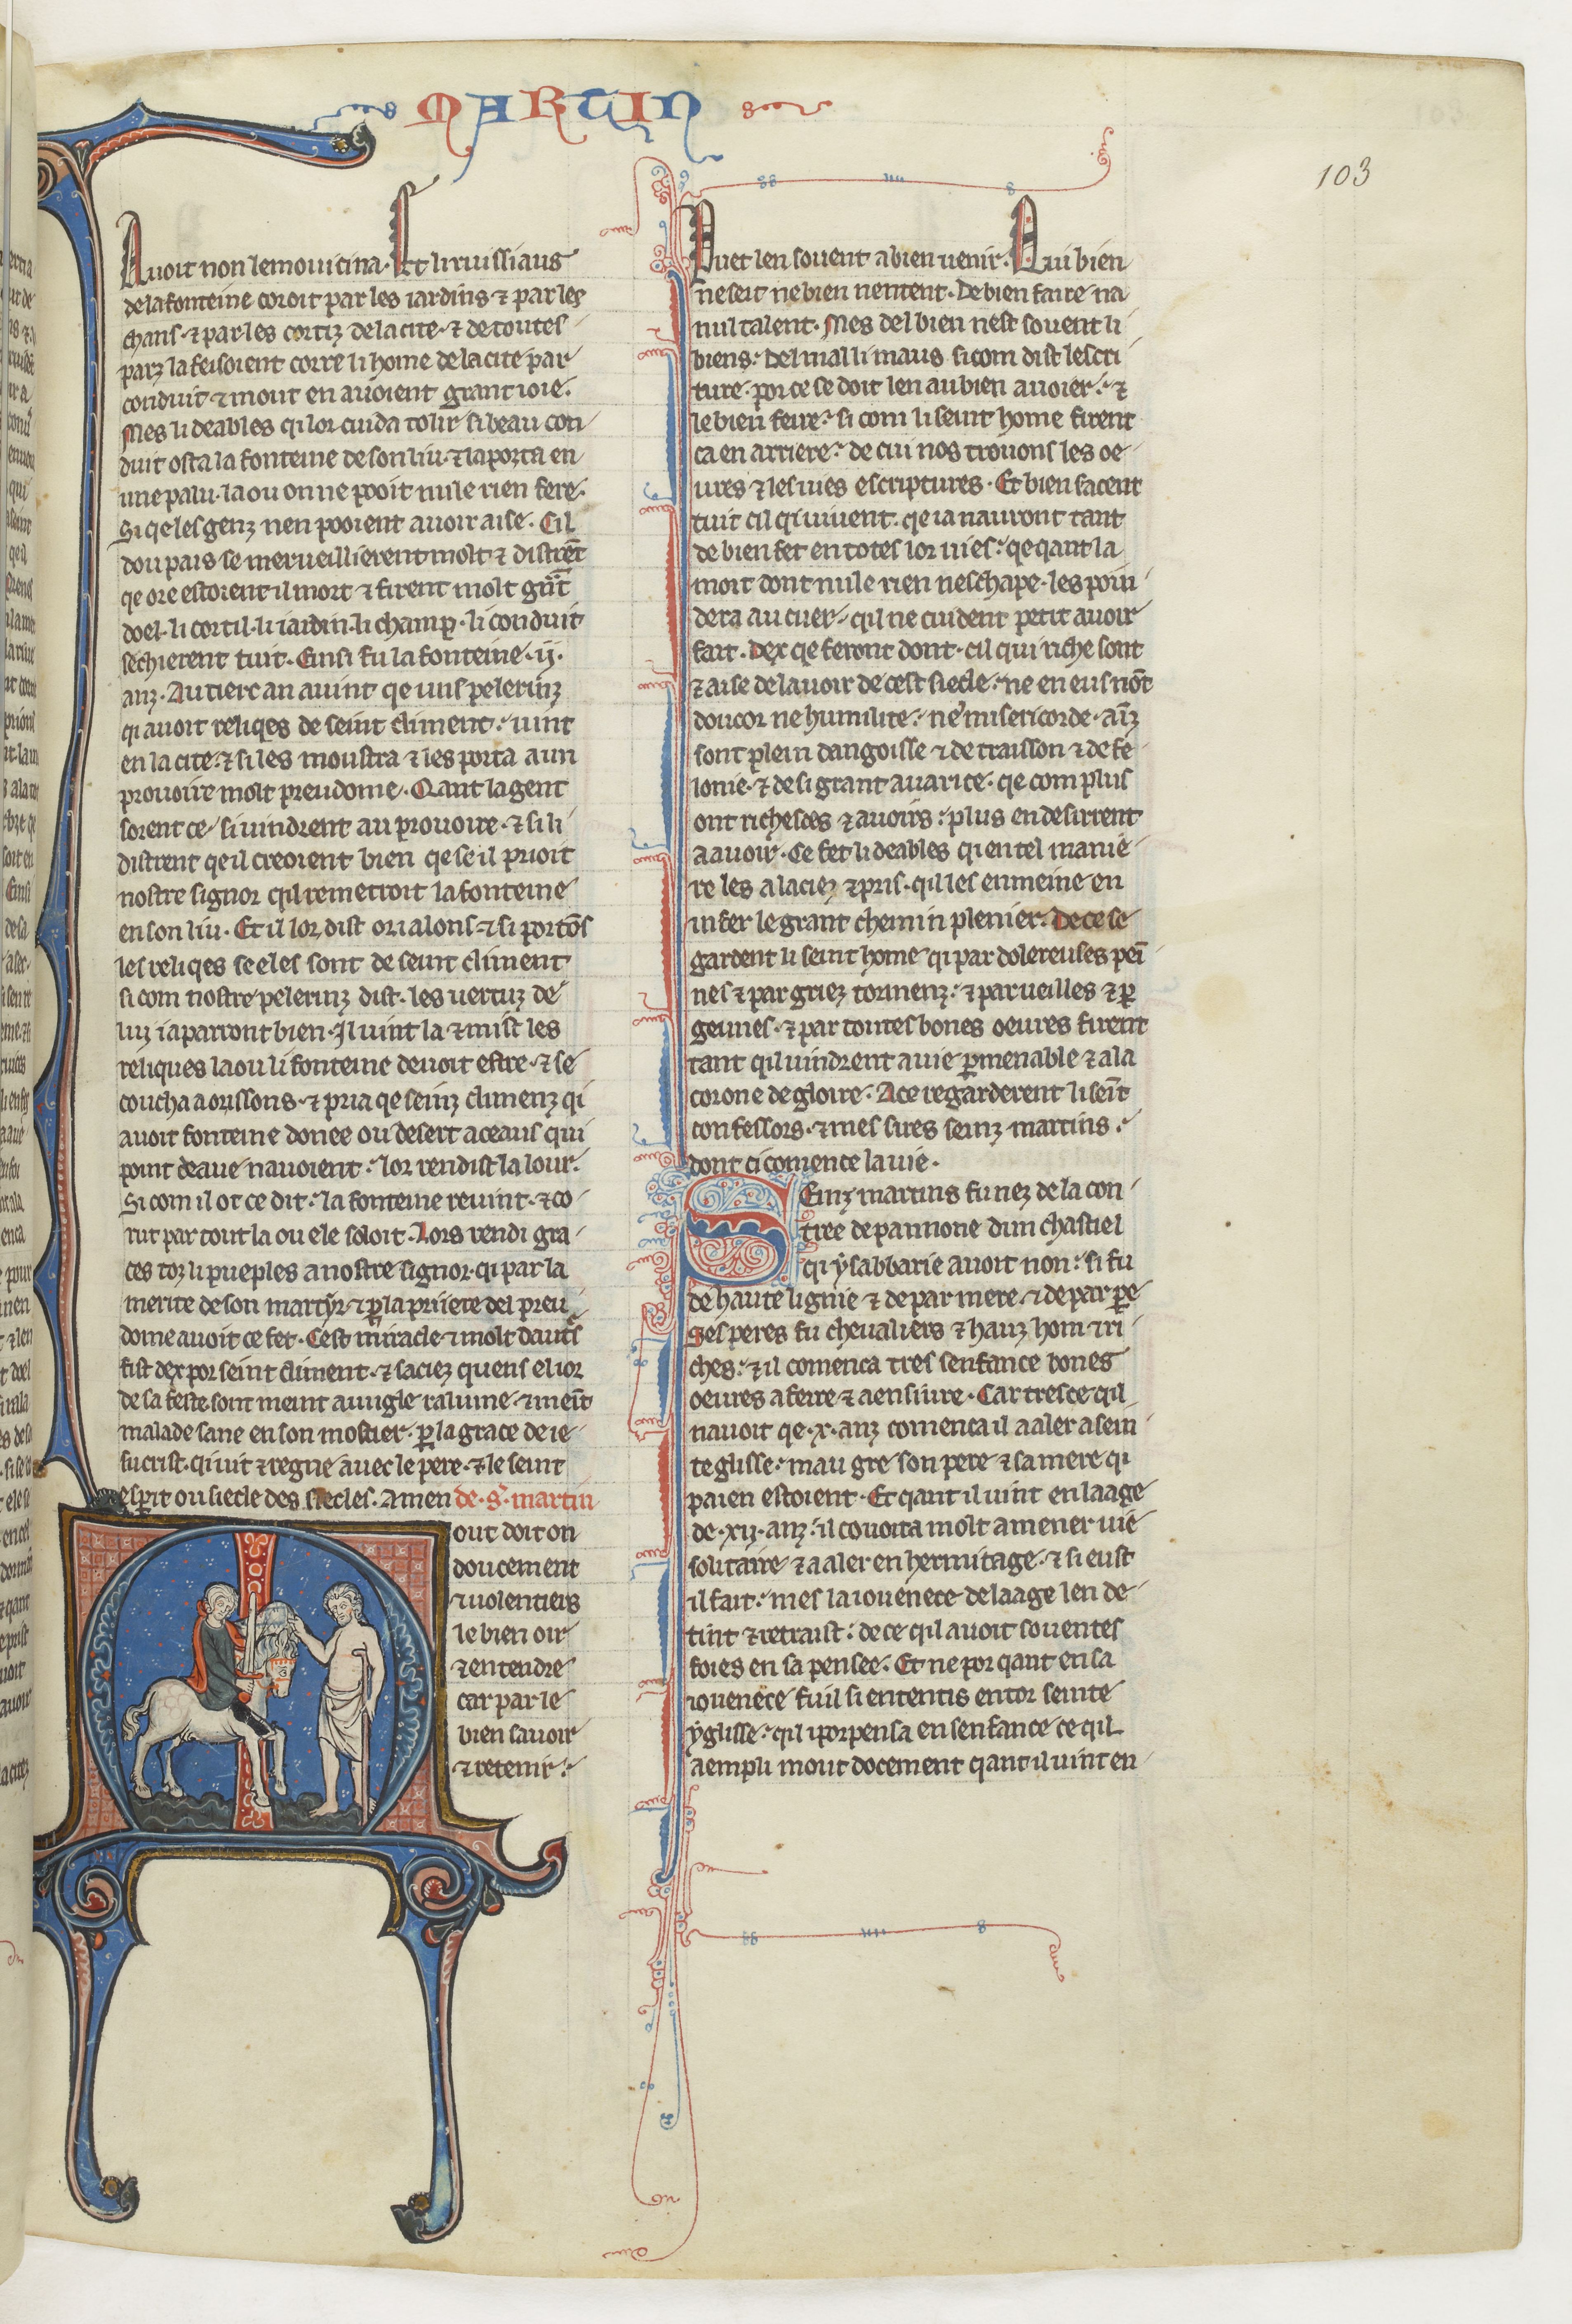
Shelfmark: Paris, BnF, fr. 412
Century: 13